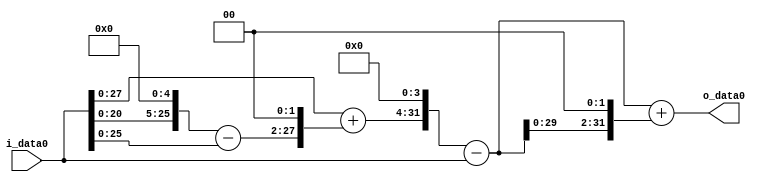
module multiplier_block (
    i_data0,
    o_data0
);

  // Port mode declarations:
  input   [31:0] i_data0;
  output  [31:0]
    o_data0;

  //Multipliers:

  wire [31:0]
    w1,
    w32,
    w31,
    w124,
    w125,
    w2000,
    w1999,
    w7996,
    w9995;

  assign w1 = i_data0;
  assign w124 = w31 << 2;
  assign w125 = w1 + w124;
  assign w1999 = w2000 - w1;
  assign w2000 = w125 << 4;
  assign w31 = w32 - w1;
  assign w32 = w1 << 5;
  assign w7996 = w1999 << 2;
  assign w9995 = w1999 + w7996;

  assign o_data0 = w9995;

  //multiplier_block area estimate = 7055.29440546471;
endmodule